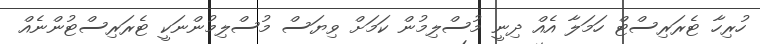
ހުރިހާ ޓެރަރިސްޓް ހަމަލާ އެއް ދިނީ މުސްލިމުން ކަމަށް ވިޔަސް މުސްލިމުންނަކީ ޓެރަރިސްޓުންނެއް